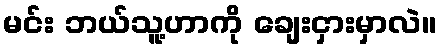
မင်း ဘယ်သူ့ဟာကို ချေးငှားမှာလဲ။